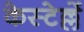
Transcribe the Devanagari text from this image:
केस्टेल्लें